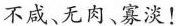
不咸、无即、寡淡!